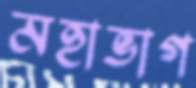
মহাভাগ